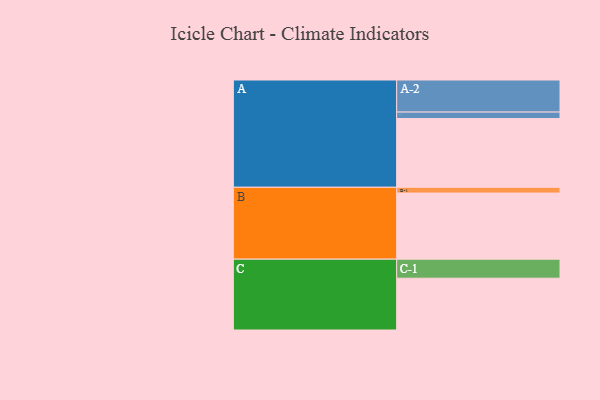
{"axis": {"x": "Segment", "y": "Value"}, "legend": ["", "A", "B", "C"], "data": [{"x": "A", "y": 596, "type": ""}, {"x": "B", "y": 573, "type": ""}, {"x": "C", "y": 449, "type": ""}, {"x": "A-1", "y": 56, "type": "A"}, {"x": "A-2", "y": 278, "type": "A"}, {"x": "B-1", "y": 50, "type": "B"}, {"x": "C-1", "y": 165, "type": "C"}]}